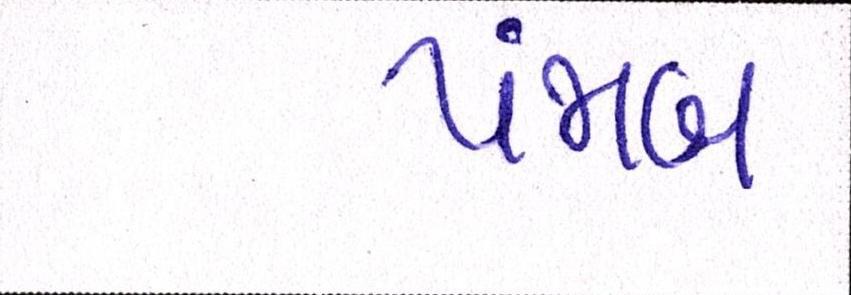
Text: પંજાબ